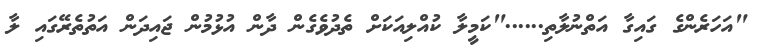
"އަހަރެންގެ ގައިގާ އަތްނުލާތި......"ކަމީލާ ކުއްލިއަކަށް ތެދުވެގެން ދާން އުޅުމުން ޖައިދަން އަތުތެރޭގައި ލާ